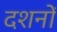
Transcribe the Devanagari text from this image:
दशनों